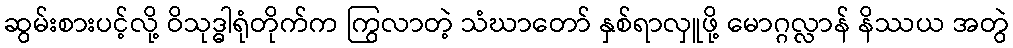
ဆွမ်းစားပင့်လို့ ဝိသုဒ္ဓါရုံတိုက်က ကြွလာတဲ့ သံဃာတော် နှစ်ရာလှူဖို့ မောဂ္ဂလ္လာန် နိဿယ အတွဲ